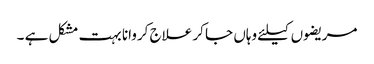
مریضوں کیلئے وہاں جا کر علاج کروانا بہت مشکل ہے ۔